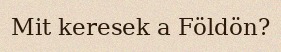
Mit keresek a Földön?